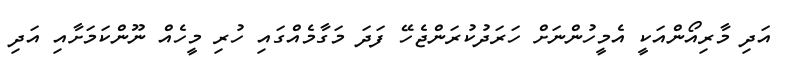
އަދި މާރިއޯންއަކީ އެމީހުންނަށް ހަރަދުކުރަންޖެހޭ ފަދަ މަގާމެއްގައި ހުރި މީހެއް ނޫންކަމަށާއި އަދި